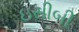
ઇસીબી